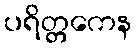
ပရိတ္တကေန